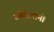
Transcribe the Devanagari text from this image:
जीरोलामो